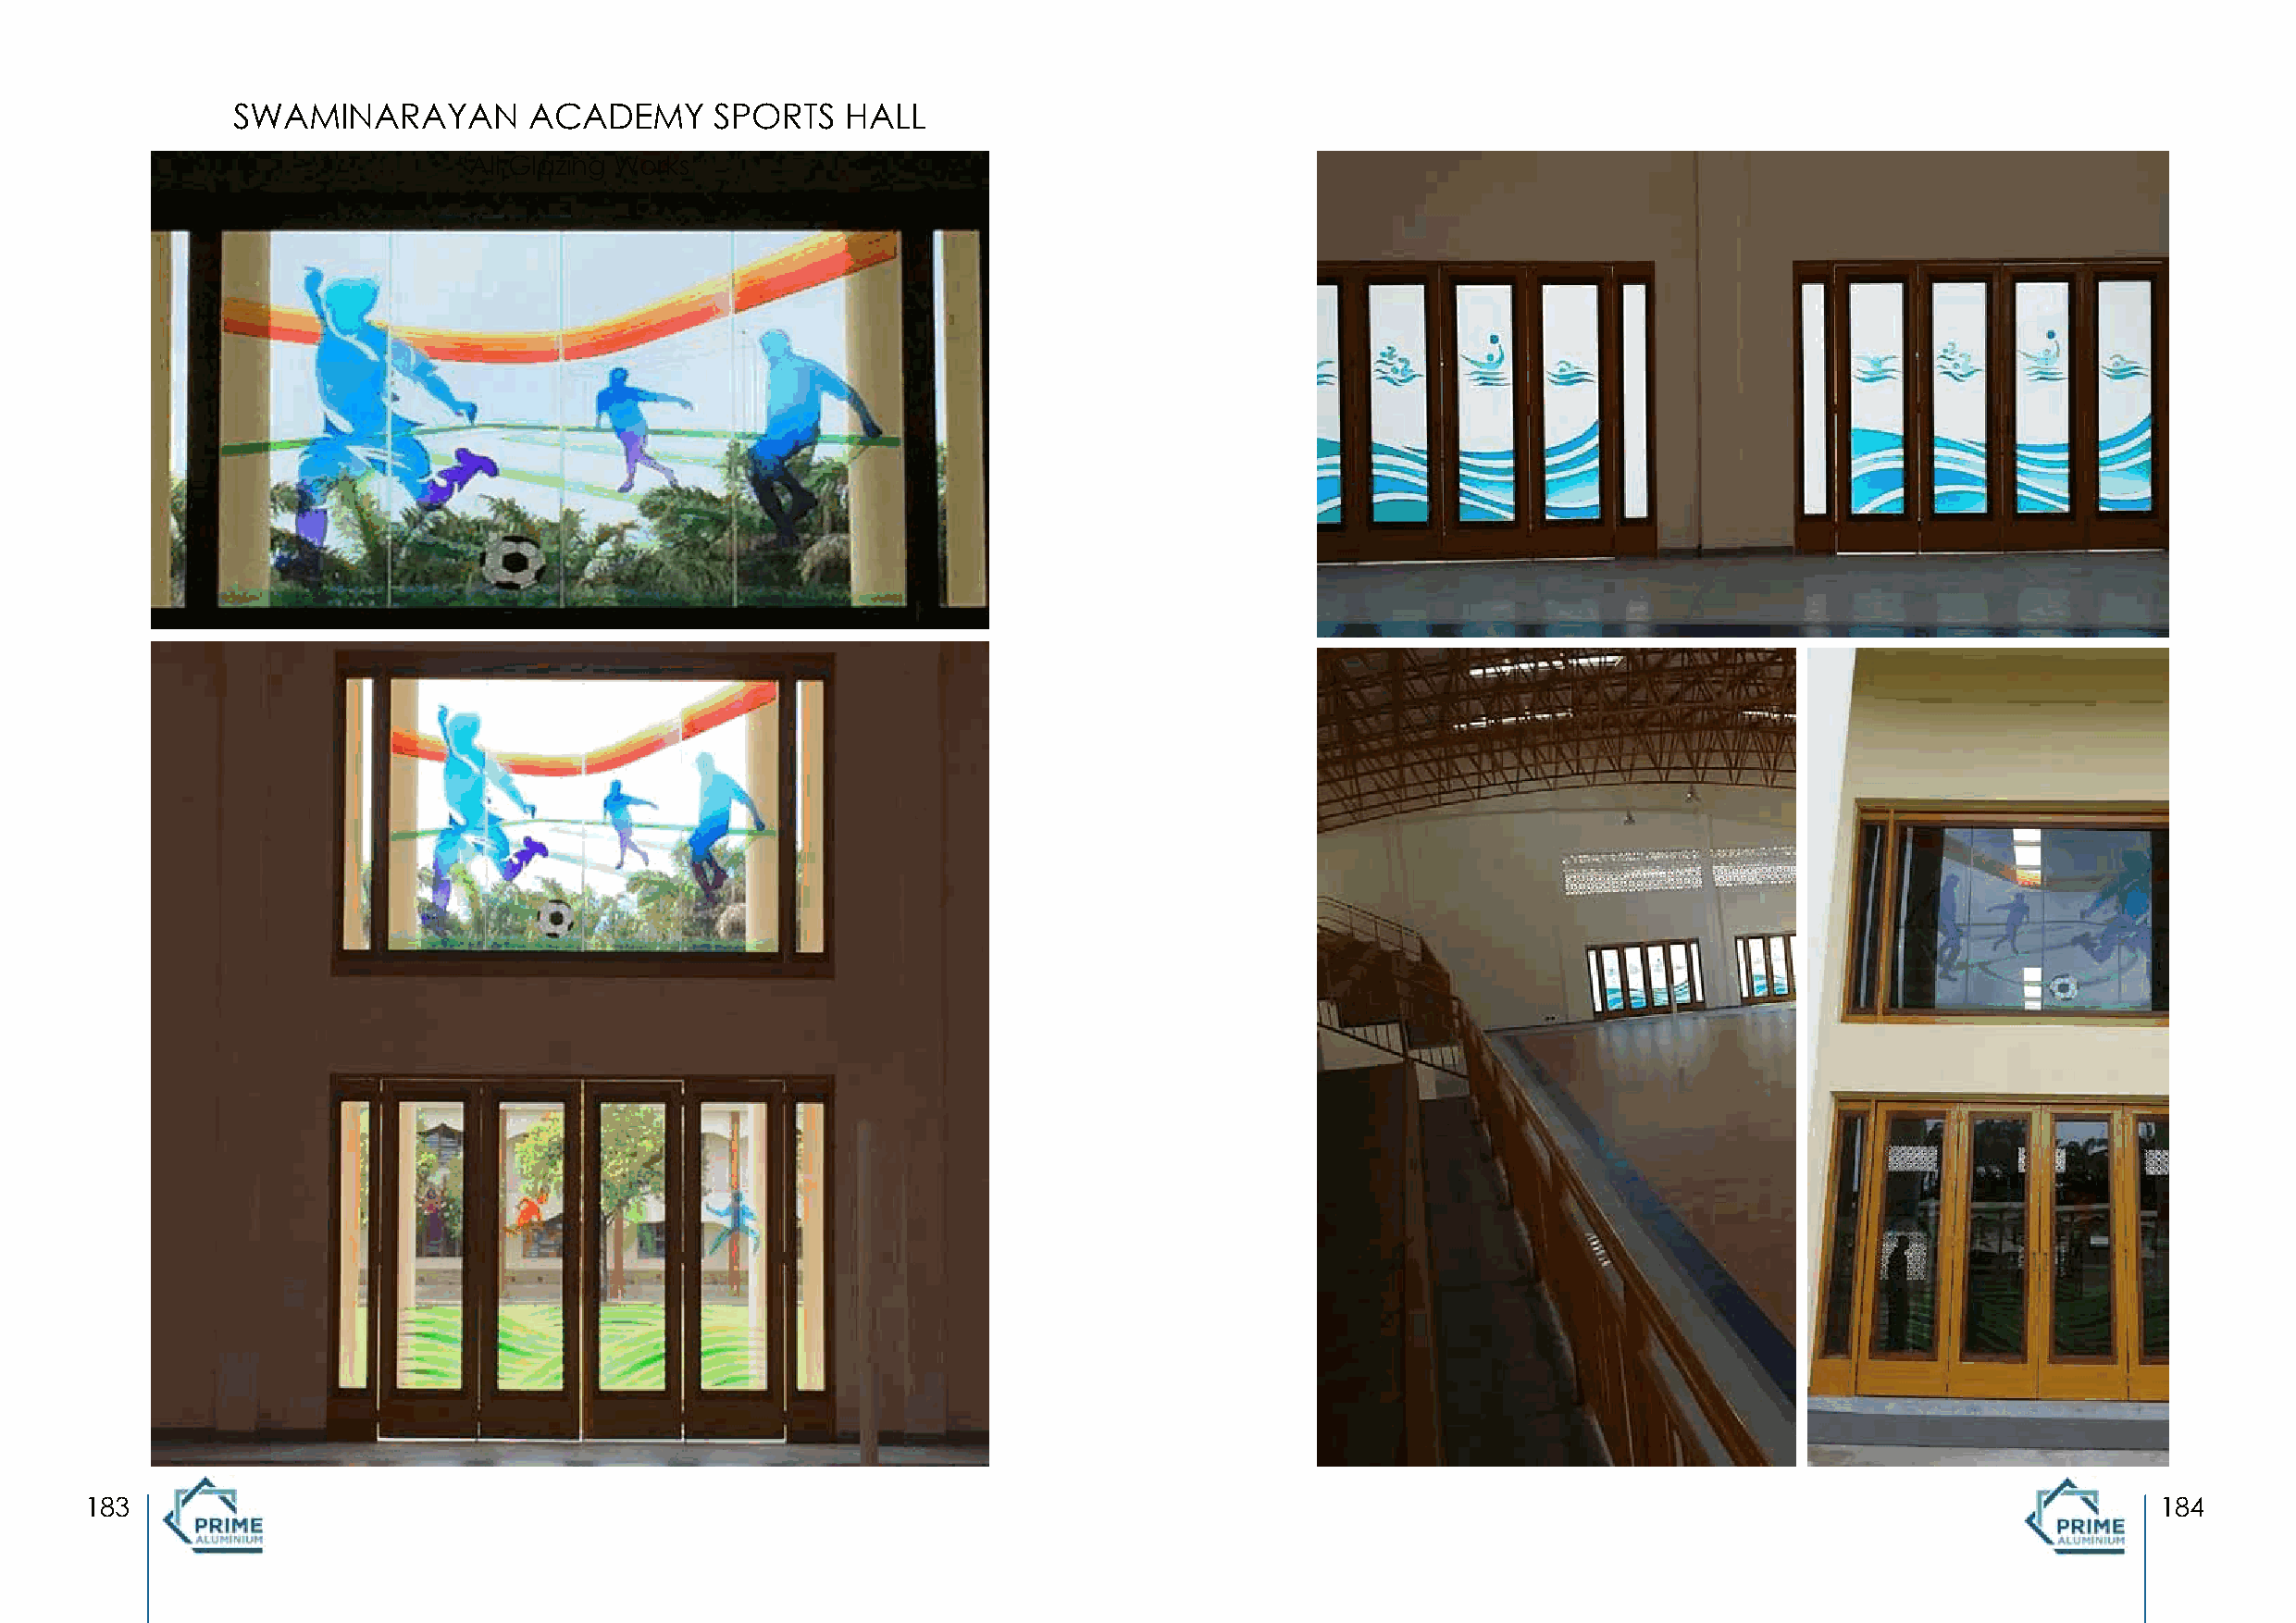
SWAMINARAYAN         ACADEMY      SPORTS   HALL
 “All Glazing Works”
 183                                                                                                                                                 184